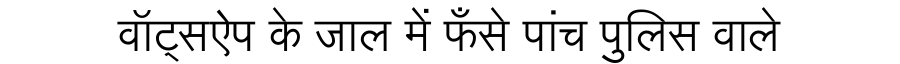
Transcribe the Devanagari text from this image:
वॉट्सऐप के जाल में फँसे पांच पुलिस वाले